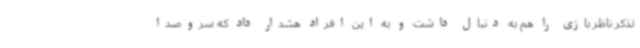
تذکر ناظر بازی را هم به دنبال داشت و به این افراد هشدار داد که سروصدا